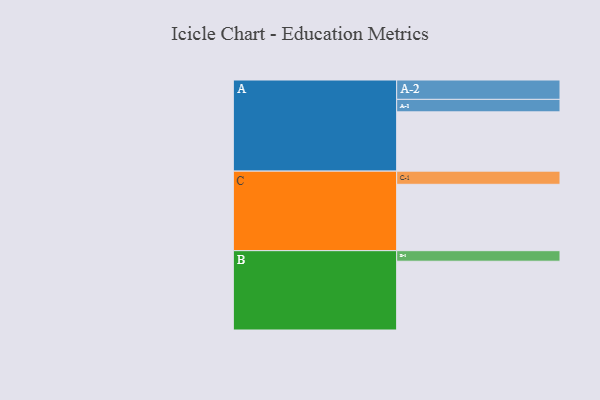
{"axis": {"x": "Segment", "y": "Value"}, "legend": ["", "A", "B", "C"], "data": [{"x": "A", "y": 517, "type": ""}, {"x": "B", "y": 600, "type": ""}, {"x": "C", "y": 579, "type": ""}, {"x": "A-1", "y": 109, "type": "A"}, {"x": "A-2", "y": 169, "type": "A"}, {"x": "B-1", "y": 92, "type": "B"}, {"x": "C-1", "y": 115, "type": "C"}]}